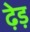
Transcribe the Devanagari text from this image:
ढ़ेड़